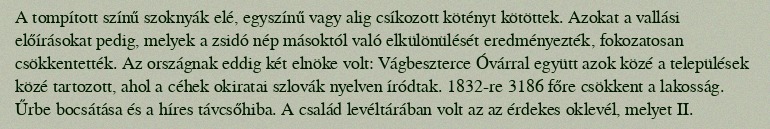
A tompított színű szoknyák elé, egyszínű vagy alig csíkozott kötényt kötöttek. Azokat a vallási előírásokat pedig, melyek a zsidó nép másoktól való elkülönülését eredményezték, fokozatosan csökkentették. Az országnak eddig két elnöke volt: Vágbeszterce Óvárral együtt azok közé a települések közé tartozott, ahol a céhek okiratai szlovák nyelven íródtak. 1832-re 3186 főre csökkent a lakosság. Űrbe bocsátása és a híres távcsőhiba. A család levéltárában volt az az érdekes oklevél, melyet II.